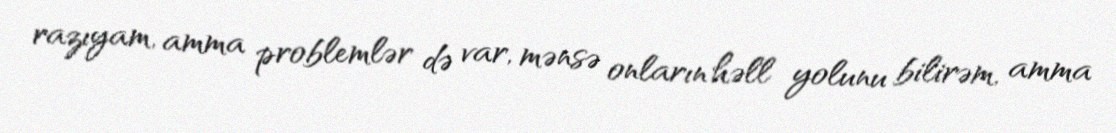
razıyam, amma problemlər də var, mənsə onların həll yolunu bilirəm, amma